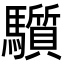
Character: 𩧄